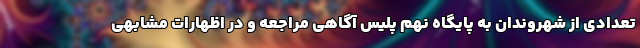
تعدادی از شهروندان به پایگاه نهم پلیس آگاهی مراجعه و در اظهارات مشابهی